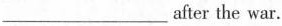
___after the war。